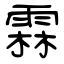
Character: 霖